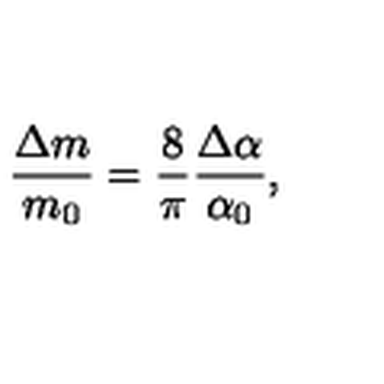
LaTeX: \frac { \Delta m } { m _ { 0 } } = \frac { 8 } { \pi } \frac { \Delta \alpha } { \alpha _ { 0 } } ,